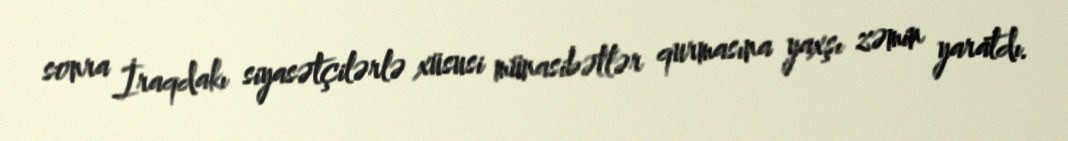
sonra İraqdakı siyasətçilərlə xüsusi münasibətlər qurmasına yaxşı zəmin yaratdı.